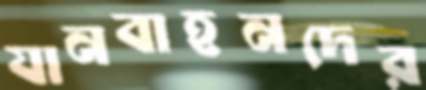
যানবাহনদের